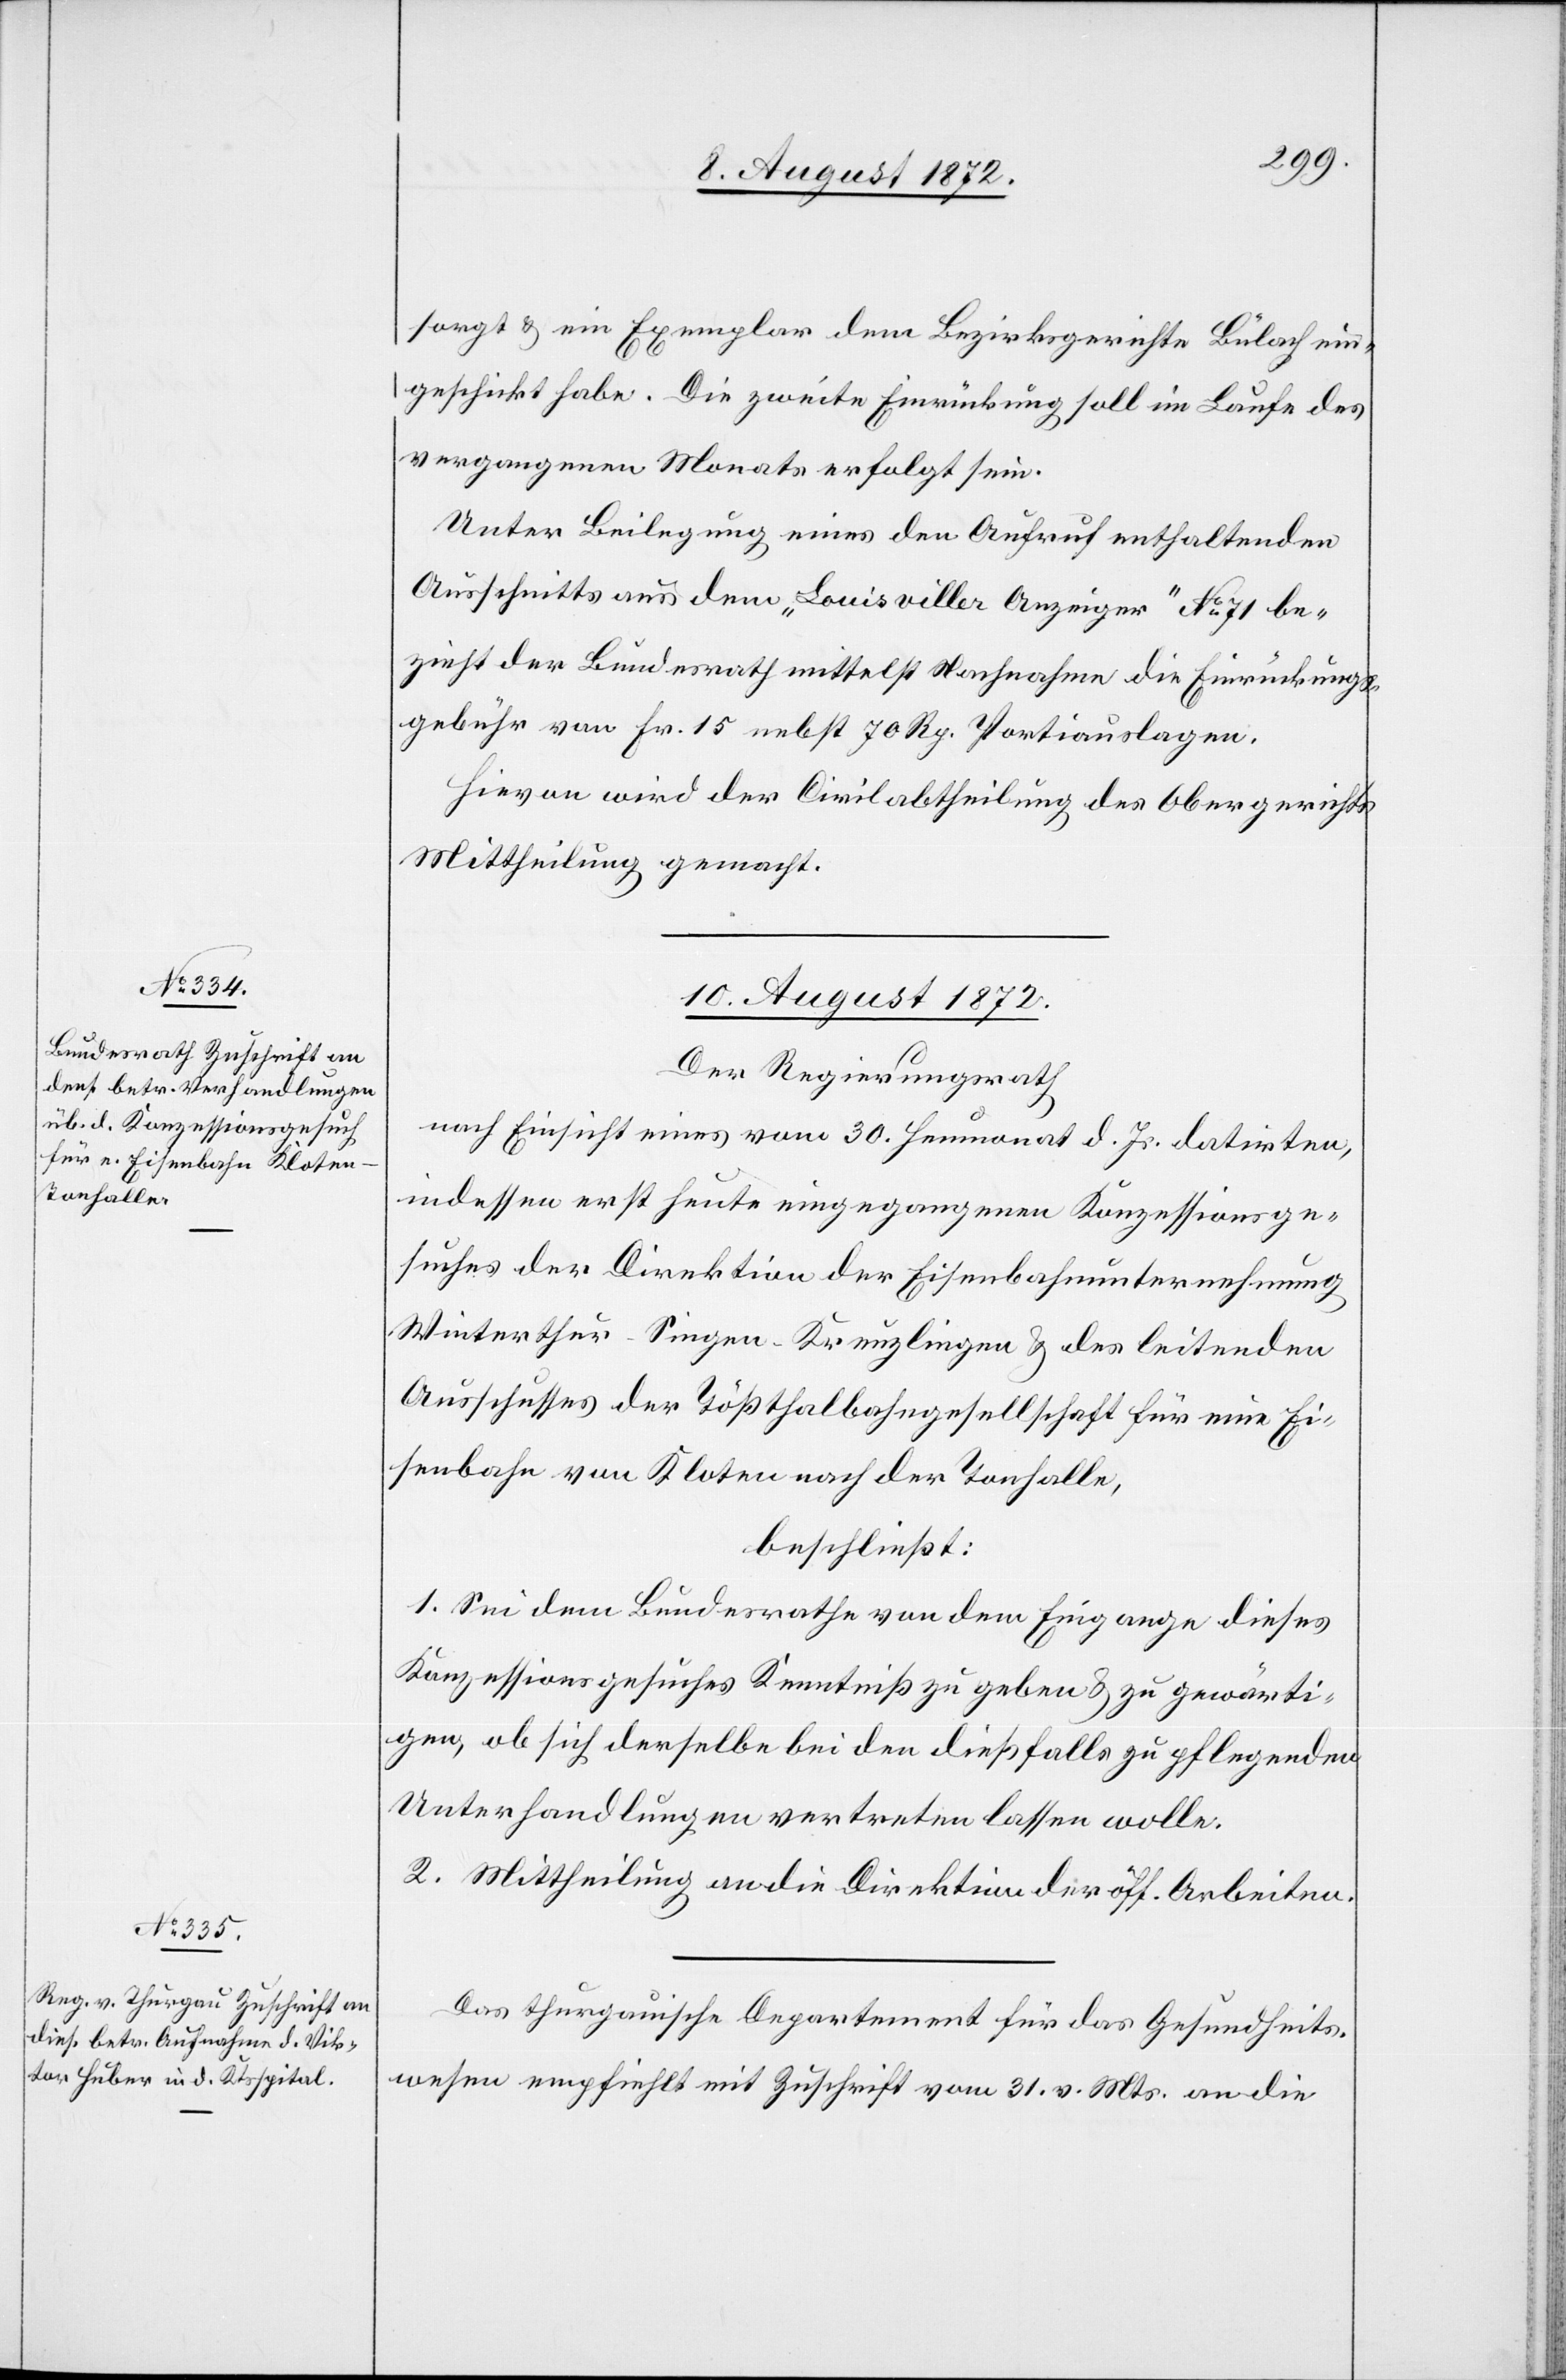
sorgt u. ein Exemplar dem Bezirksgerichte Bülach ein¬
geschickt habe. Die zweite Einrückung soll im Laufe des
vergangenen Monats erfolgt sein.
Unter Beilegung eines den Aufruf enthaltenden
Ausschnitts aus dem „Louisviller Anzeiger“ No 71 be¬
zieht der Bundesrath mittelst Nachnahme die Einrückungs¬
gebühr von Fr. 15 nebst 70 Rp. Portiauslagen.
Hievon wird der Civilabtheilung des Obergerichts
Mittheilung gemacht.
10. August 1872.]
Der Regierungsrath
nach Einsicht eines vom 30. Heumonat d. Js. datirten,
indessen erst heute eingegangenen Konzessionsge¬
suches der Direktion der Eisenbahnunternehmung
Winterthur–Singen–Kreuzlingen u. des leitenden
Ausschusses der Tößthalbahngesellschaft für eine Ei¬
senbahn von Kloten nach der Tonhalle,
beschließt:
1. Sei dem Bundesrathe von dem Eingange dieses
Konzessionsgesuches Kenntniß zu geben u. zu gewärti¬
gen, ob sich derselbe bei den dießfalls zu pflegenden
Unterhandlungen vertreten lassen wolle.
2. Mittheilung an die Direktion der öff. Arbeiten.
Das thurgauische Departement für das Gesundheits¬
wesen empfiehlt mit Zuschrift vom 31. v. Mts. an die